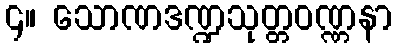
၄။ သောဏဒဏ္ဍသုတ္တဝဏ္ဏနာ